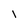
Character: l